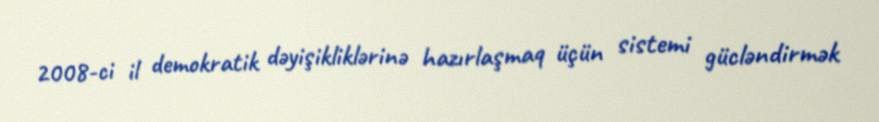
2008-ci il demokratik dəyişikliklərinə hazırlaşmaq üçün sistemi gücləndirmək